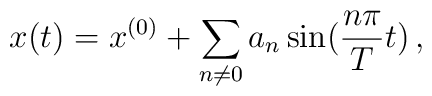
x(t) = x^{(0)} + \sum_{n\neq 0} a_n \sin (\frac{n\pi}{T} t)\,,\nonumber